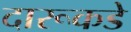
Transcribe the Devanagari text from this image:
दारूकडे